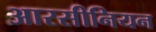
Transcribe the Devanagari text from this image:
आरसीनियन